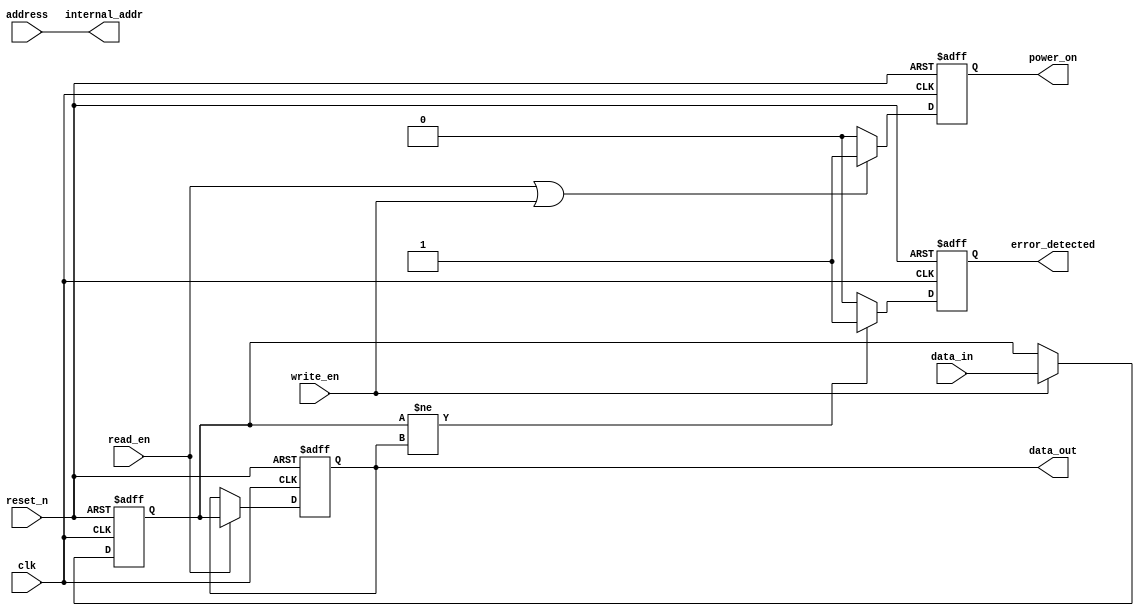
module pcm_io_block (
    input wire clk,                  // System clock
    input wire reset_n,              // Asynchronous active-low reset
    input wire [15:0] data_in,       // Data input (16 bits)
    output reg [15:0] data_out,      // Data output (16 bits)
    input wire read_en,              // Read enable signal
    input wire write_en,             // Write enable signal
    input wire [7:0] address,        // Address input for memory access
    output wire [7:0] internal_addr, // Internal addressed output
    output reg error_detected,        // Error detection flag
    output reg power_on              // Power management signal
);

// Internal signals
reg [15:0] data_latch; // Data latch to hold incoming data
wire read_valid;       // Signal indicating valid read operation
wire write_valid;      // Signal indicating valid write operation

// Address Decoder
assign internal_addr = address;

// Data Latch Operation
always @(posedge clk or negedge reset_n) begin
    if (!reset_n) begin
        data_latch <= 16'h0;
    end else if (write_en) begin
        data_latch <= data_in; // Capture incoming data on write enable
    end
end 

// Output Logic
always @(posedge clk or negedge reset_n) begin
    if (!reset_n) begin
        data_out <= 16'h0;
    end else if (read_en) begin
        data_out <= data_latch; // Drive output with latched data on read enable
    end
end

// Control Logic
always @(posedge clk or negedge reset_n) begin
    if (!reset_n) begin
        error_detected <= 1'b0;
        power_on <= 1'b0;
    end else begin
        // Simplified error detection logic
        error_detected <= (data_latch != data_out) ? 1'b1 : 1'b0;

        // Control power management
        if (read_en || write_en) begin
            power_on <= 1'b1; // Power on during active operations
        end else begin
            power_on <= 1'b0; // Power down when idle
        end    
    end
end

// Write Driver for PCM (pseudocode)
task write_to_pcm;
    input [15:0] data;
    output success;
    begin
        // Implement the necessary voltage/current settings to write to PCM cells
        // Note: Replace with appropriate signal control for actual PCM drivers
        // Here, we assume the operation is always successful for simplicity
        success = 1;
    end
endtask

// Read Amplifier (pseudocode)
task read_from_pcm;
    output [15:0] data;
    begin
        // Implement the read operation, which checks the resistance
        // and fetches the corresponding data value. Placeholder assumes a signal.
        data = data_latch; // Replace with actual read implementation
    end
endtask

endmodule